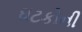
ઘટકોની